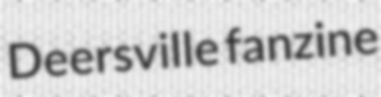
Deersville fanzine